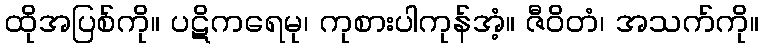
ထိုအပြစ်ကို။ ပဋိကရေမု၊ ကုစားပါကုန်အံ့။ ဇီဝိတံ၊ အသက်ကို။